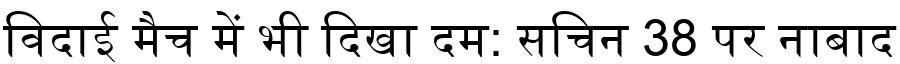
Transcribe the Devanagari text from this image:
विदाई मैच में भी दिखा दम: सचिन 38 पर नाबाद